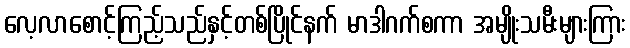
လေ့လာစောင့်ကြည့်သည်နှင့်တစ်ပြိုင်နက် မာဒါဂက်စကာ အမျိုးသမီးများကြား